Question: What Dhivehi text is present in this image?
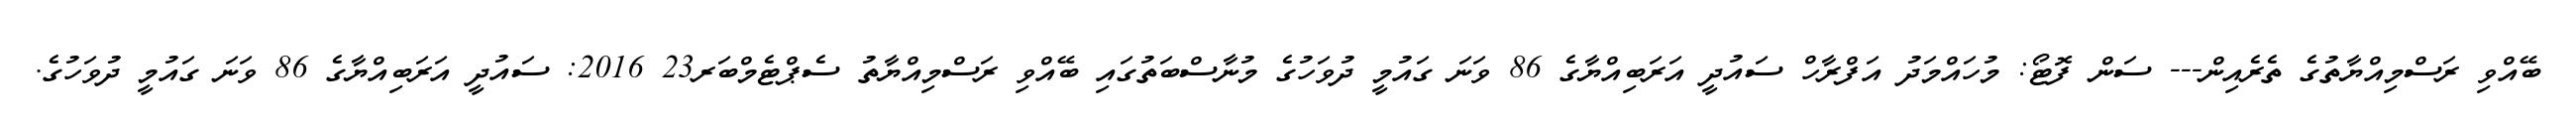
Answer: ބޭއްވި ރަސްމިއްޔާތުގެ ތެރެއިން--- ސަން ފޮޓޯ: މުހައްމަދު އަފްރާހް ސައުދީ އަރަބިއްޔާގެ 86 ވަނަ ގައުމީ ދުވަހުގެ މުނާސްބަތުގައި ބޭއްވި ރަސްމިއްޔާތު ސެޕްޓެމްބަރ23 2016: ސައުދީ އަރަބިއްޔާގެ 86 ވަނަ ގައުމީ ދުވަހުގެ.